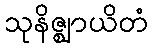
သုနိဇ္ဈာယိတံ